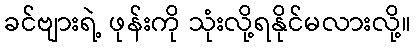
ခင်ဗျားရဲ့ ဖုန်းကို သုံးလို့ရနိုင်မလားလို့။